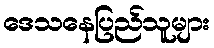
ဒေသနေပြည်သူများ